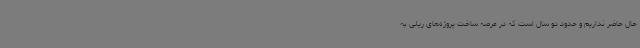
حال حاضر نداریم و حدود دو سال است که در عرصه ساخت پروژه‌های ریلی به